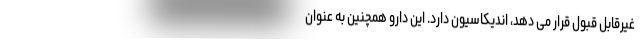
غیرقابل قبول قرار می دهد، اندیکاسیون دارد. این دارو همچنین به عنوان